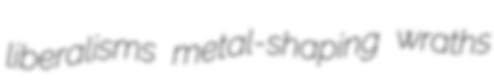
liberalisms metal-shaping wraths